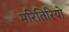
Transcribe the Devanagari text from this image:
मरितिरियो